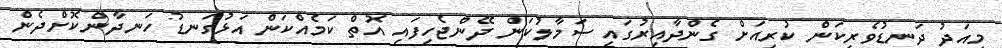
މިއަދު ދަނޑުވެރިކަން ކުރިއަށް ގެންދާއިރުގައި ސަމާލުކަން ދޭންޖެހިފައި އޮތް ކަމެއްކަން އަޅުގަނޑު ހަނދާންކޮށްދެން